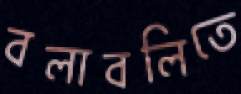
বলাবলিতে